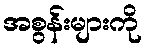
အစွန်းများကို